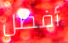
أفضل